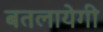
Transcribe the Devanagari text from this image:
बतलायेगी